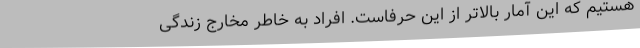
هستیم که این آمار بالاتر از این حرفاست. افراد به خاطر مخارج زندگی